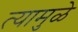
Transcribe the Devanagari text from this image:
त्यामुुळे